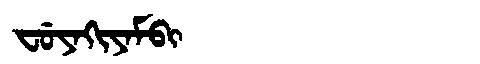
Manchu: ᠸᡠᠶᠠᡴᡳᠶᠠᠮᠪᡳ
Romanization: FUYAKIYAMBI